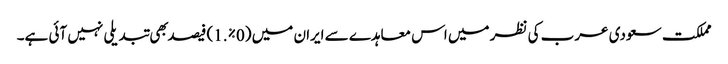
مملکت سعودی عرب کی نظر میں اس معاہدے سے ایران میں (0%.1) فیصد بهی تبدیلی نہیں آئی ہے۔